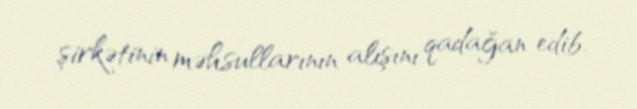
şirkətinin məhsullarının alışını qadağan edib.